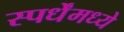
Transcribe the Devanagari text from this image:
स्पर्धेंमध्ये